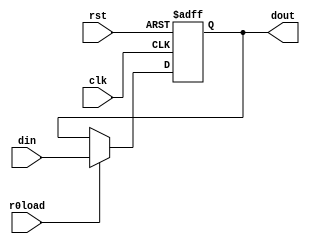
/*r0*/
module r0(din, clk, rst, r0load, dout);

	input clk,rst,r0load;
	input [7:0] din;
	output [7:0] dout;

	reg [7:0] dout;
	
	always@(posedge clk or negedge rst)
		if(!rst)
			dout<=0;
		else
			if(r0load)
				dout<=din;

endmodule